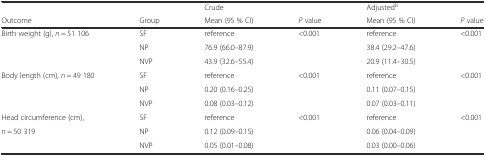
<table><thead><tr><td colspan="2"></td><td><b>Crude</b></td><td></td><td><b>Adjusted<sup>b</sup></b></td><td></td></tr><tr><td><b>Outcome</b></td><td><b>Group</b></td><td><b>Mean (95 % CI)</b></td><td><b><i>P</i> value</b></td><td><b>Mean (95 % CI)</b></td><td><b><i>P</i> value</b></td></tr></thead><tbody><tr><td>Birth weight (g), <i>n</i> = 51 106</td><td>SF</td><td>reference</td><td>&lt;0.001</td><td>reference</td><td rowspan="3">&lt;0.001</td></tr><tr><td></td><td>NP</td><td>76.9 (66.0–87.9)</td><td></td><td>38.4 (29.2–47.6)</td></tr><tr><td></td><td>NVP</td><td>43.9 (32.6–55.4)</td><td></td><td>20.9 (11.4–30.5)</td></tr><tr><td>Body length (cm), <i>n</i> = 49 180</td><td>SF</td><td>reference</td><td>&lt;0.001</td><td>reference</td><td>&lt;0.001</td></tr><tr><td></td><td>NP</td><td>0.20 (0.16–0.25)</td><td></td><td>0.11 (0.07–0.15)</td><td></td></tr><tr><td></td><td>NVP</td><td>0.08 (0.03–0.12)</td><td></td><td>0.07 (0.03–0.11)</td><td></td></tr><tr><td>Head circumference (cm),</td><td>SF</td><td>reference</td><td>&lt;0.001</td><td>reference</td><td>&lt;0.001</td></tr><tr><td><i>n</i> = 50 319</td><td>NP</td><td>0.12 (0.09–0.15)</td><td></td><td>0.06 (0.04–0.09)</td><td></td></tr><tr><td></td><td>NVP</td><td>0.05 (0.01–0.08)</td><td></td><td>0.03 (0.00–0.06)</td><td></td></tr></tbody></table>